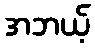
အဘယ့်